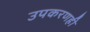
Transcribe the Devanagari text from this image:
उपकरणही